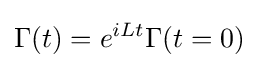
\Gamma (t)=e^{iLt}\Gamma (t=0)